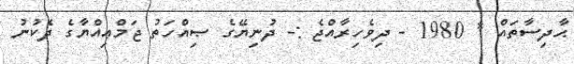
ޙާދިސާތައް * 1980 - ދިވެހިރާއްޖެ :- ދުނިޔޭގެ ޞިއްހަތު ޖަމްޢިއްޔާގެ ދެކުނު